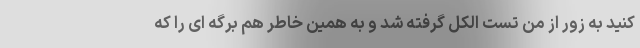
کنید به زور از من تست الکل گرفته شد و به همین خاطر هم برگه ای را که